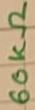
Text: 60KΩ